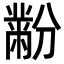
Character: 黺